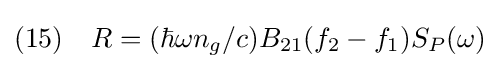
(15)\quad R=(\hbar \omega n_{g}/c)B_{21}(f_{2}-f_{1})S_{P}(\omega )